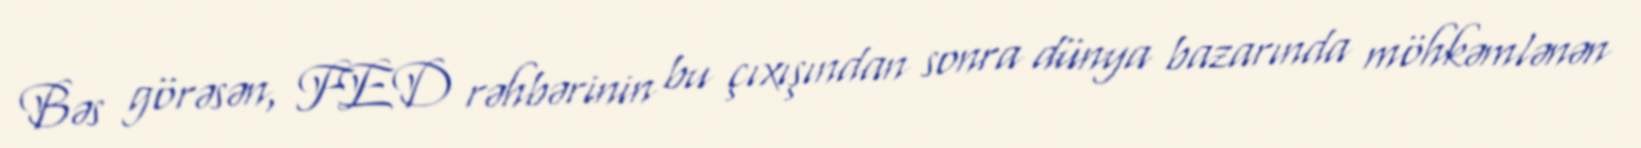
Bəs görəsən, FED rəhbərinin bu çıxışından sonra dünya bazarında möhkəmlənən